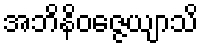
အဘိနိဝဇ္ဇေယျာသိ